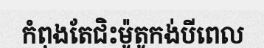
កំពុងតែជិះម៉ូតូកង់បីពេល